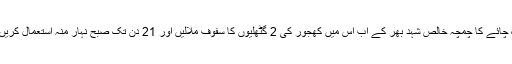
ایک اور طریقہ یہ بھی ہے کہ ایک چائے کا چمچہ خالص شہد بھر کے اب اس میں کھجور کی 2 گٹھلیوں کا سفوف ملالیں اور 21 دن تک صبح نہار منہ استعمال کریں اور آدھے گھنٹے بعد ناشتہ کرلیں۔